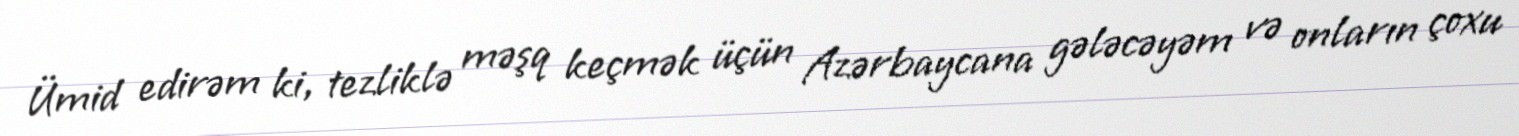
Ümid edirəm ki, tezliklə məşq keçmək üçün Azərbaycana gələcəyəm və onların çoxu